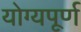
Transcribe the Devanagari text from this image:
योग्यपूर्ण